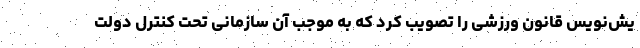
یش‌نویس قانون ورزشی را تصویب کرد که به موجب آن سازمانی تحت کنترل دولت